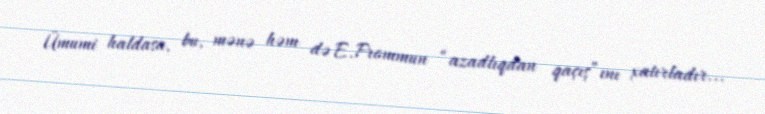
Ümumi haldasa, bu, mənə həm də E.Frommun “azadlıqdan qaçış”ını xatırladır...